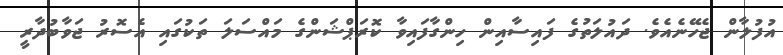
އުފުލާން ޖެހޭނެއެވެ. ދައުލަތުގެ ފައިސާއިން ހިންގާފައިވާ ކޮރަޕްޝަންގެ މައްސަލަ ތަކުގައި އެސޮރު ޖަވާބުދާރީ